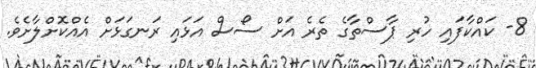
8- ކައްކާފައި ހުރި ޕާސްތާގެ ތެރެ އަށް ސޯސް އަޅައި ރަނގަޅަށް އެއްކޮށްލާށެވެ.